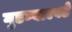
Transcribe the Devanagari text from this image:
गुडघ्याएवढे